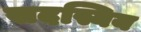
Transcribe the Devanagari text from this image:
सदस्यिय